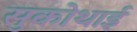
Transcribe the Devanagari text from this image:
सुकोथाई